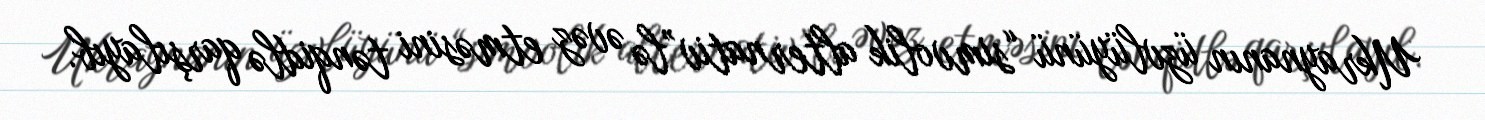
Ukraynanın üzvlüyünü “simvolik alternativ”lə əvəz etməsini tənqidlə qarşılayıb.